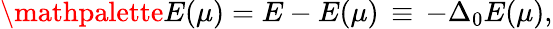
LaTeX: \mathpalette{E}(\mu)=E-E(\mu)\, \equiv\, -\Delta_{\mathrm{0}}E(\mu),